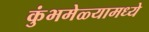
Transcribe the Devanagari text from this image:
कुंभमेळ्यामध्ये